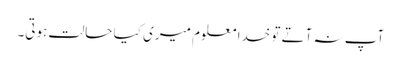
آپ نہ آتے تو خدا معلوم میری کیا حالت ہوتی۔